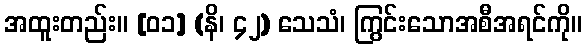
အထူးတည်း။ [၀၁] (နိ၊ ၄၂) သေသံ၊ ကြွင်းသောအစီအရင်ကို။